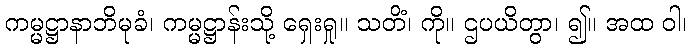
ကမ္မဋ္ဌာနာဘိမုခံ၊ ကမ္မဋ္ဌာန်းသို့ ရှေးရှု။ သတိံ၊ ကို။ ဌပယိတွာ၊ ၍။ အထ ဝါ၊